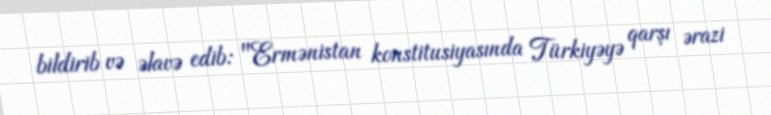
bildirib və əlavə edib: "Ermənistan konstitusiyasında Türkiyəyə qarşı ərazi